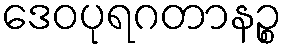
ဒေဝပုရဂတာနဉ္စ